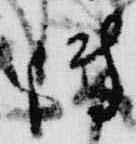
傳